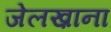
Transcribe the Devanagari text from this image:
जेलख़ाना